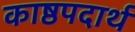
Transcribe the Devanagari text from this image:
काष्ठपदार्थ